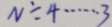
N \div 4 \cdots 3